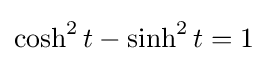
\cosh ^{2}t-\sinh ^{2}t=1